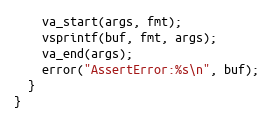
Language: C
    va_start(args, fmt);
    vsprintf(buf, fmt, args);
    va_end(args);
    error("AssertError:%s\n", buf);
  }
}